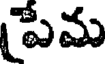
పేమ